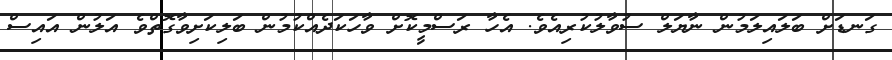
ގަނޑަށް ބަލައިލަމުން ނާޔަލް ސުވާލުކުރިއެވެ. އެހާ ރަސްމީކޮށް ވާހަކަދެއްކުމުން ބަލިކަށިވާގޮތްވެ އަލުން އައިސް